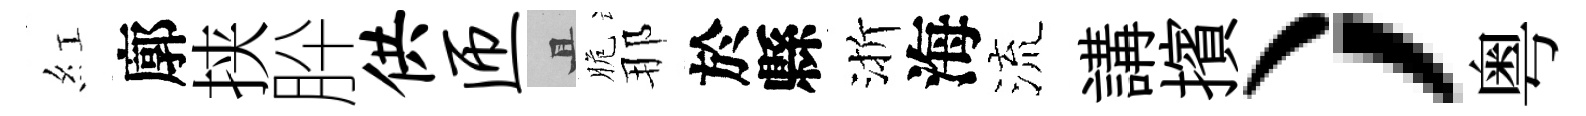
紅廓挟肸供匝且脆那於縣渐海流講擯、，粤